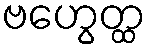
ဗဟွေတ္ထ